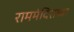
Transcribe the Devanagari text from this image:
राममंदिराच्या